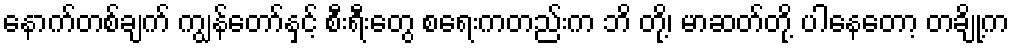
နောက်တစ်ချက် ကျွန်တော်နှင့် စီးရီးတွေ စရေးကတည်းက ဘိ တို့၊ မာဆတ်တို့ ပါနေတော့ တချို့က